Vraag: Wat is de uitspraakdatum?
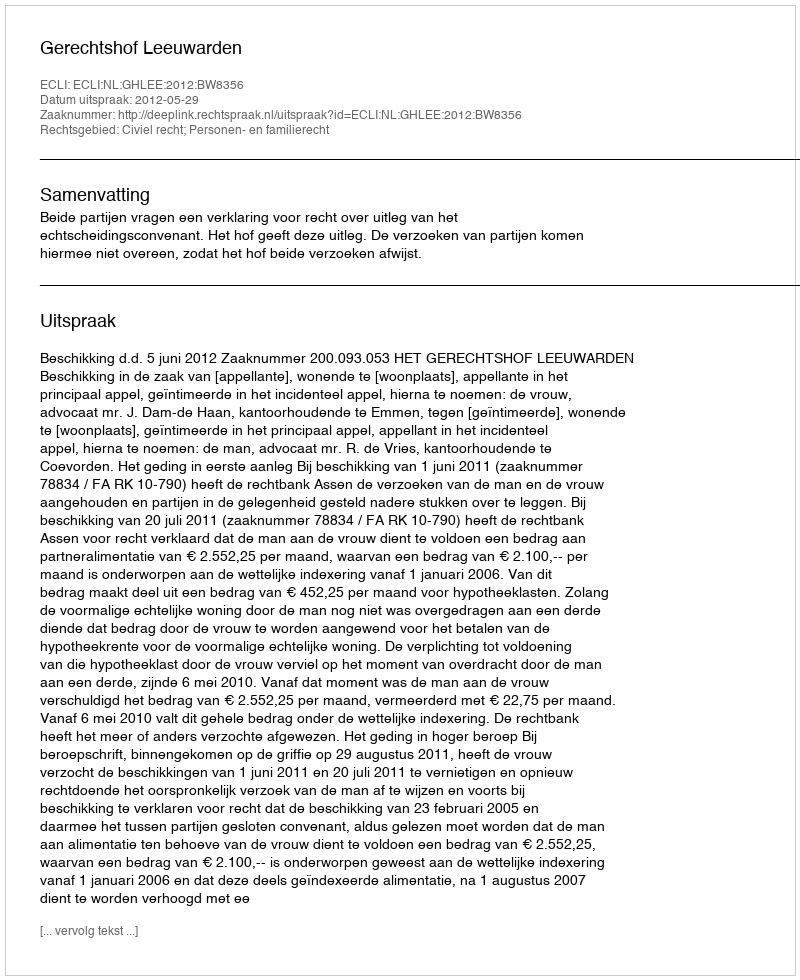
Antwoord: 2012-05-29